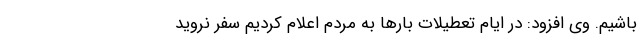
باشیم. وی افزود: در ایام تعطیلات بارها به مردم اعلام کردیم سفر نروید